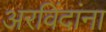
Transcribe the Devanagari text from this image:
अरविंदांना